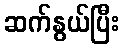
ဆက်နွယ်ပြီး